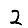
Digit: 2